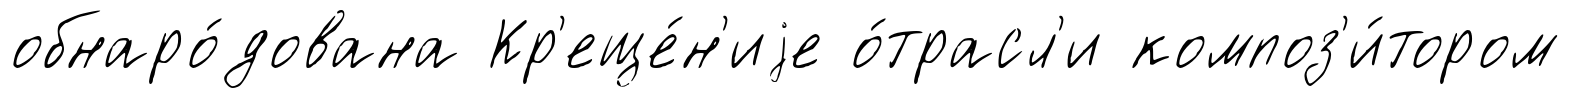
обнаро́дована Кр'еще́н'иjе о́трасл'и композ'и́тором